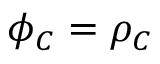
\phi _ { C } = \rho _ { C }